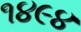
૧૪૯૪